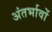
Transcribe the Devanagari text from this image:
अंतर्भावों